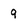
Character: 9